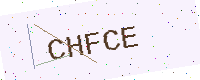
Text: CHFCE